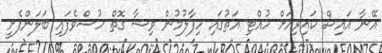
އޭނާ އައިސް ކައިރިއަށް ހުއްޓި އަތުގައި ހިފާލުމުން ވިޝާ ގޮތް ހުސްވެފައި ބަލަންފެށީ